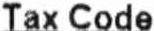
TAX CODE